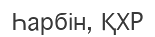
Һарбін, ҚХР